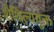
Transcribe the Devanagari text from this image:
शैथिल्ययुक्त